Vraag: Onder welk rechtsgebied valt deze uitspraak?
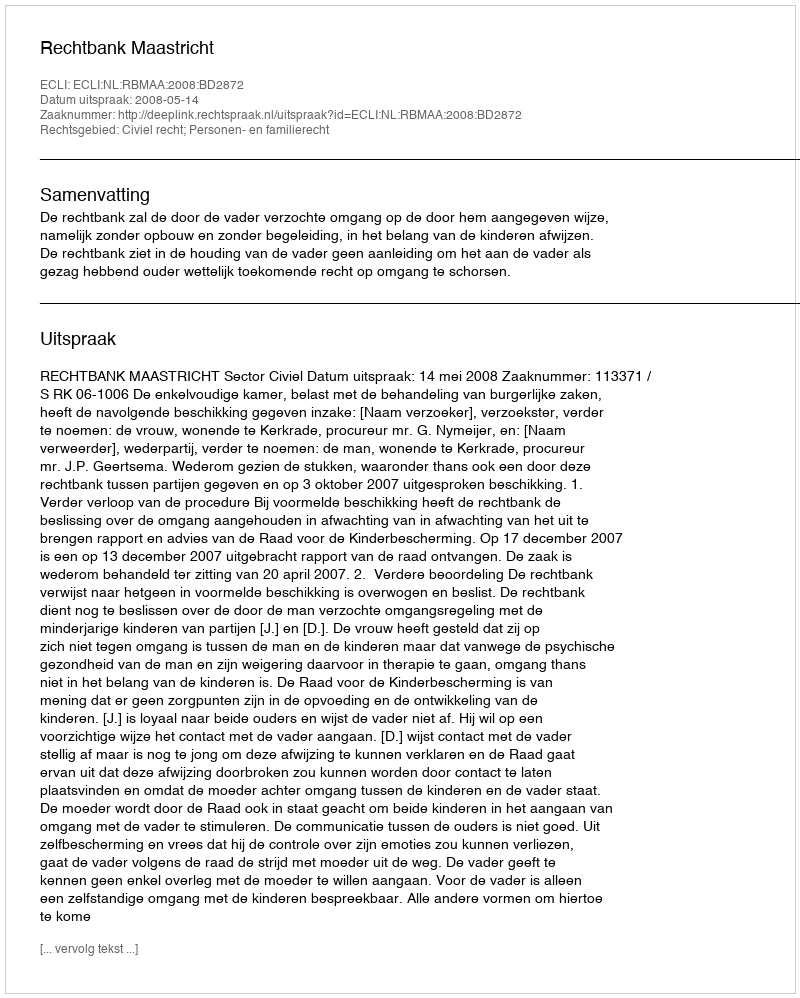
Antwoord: Civiel recht; Personen- en familierecht